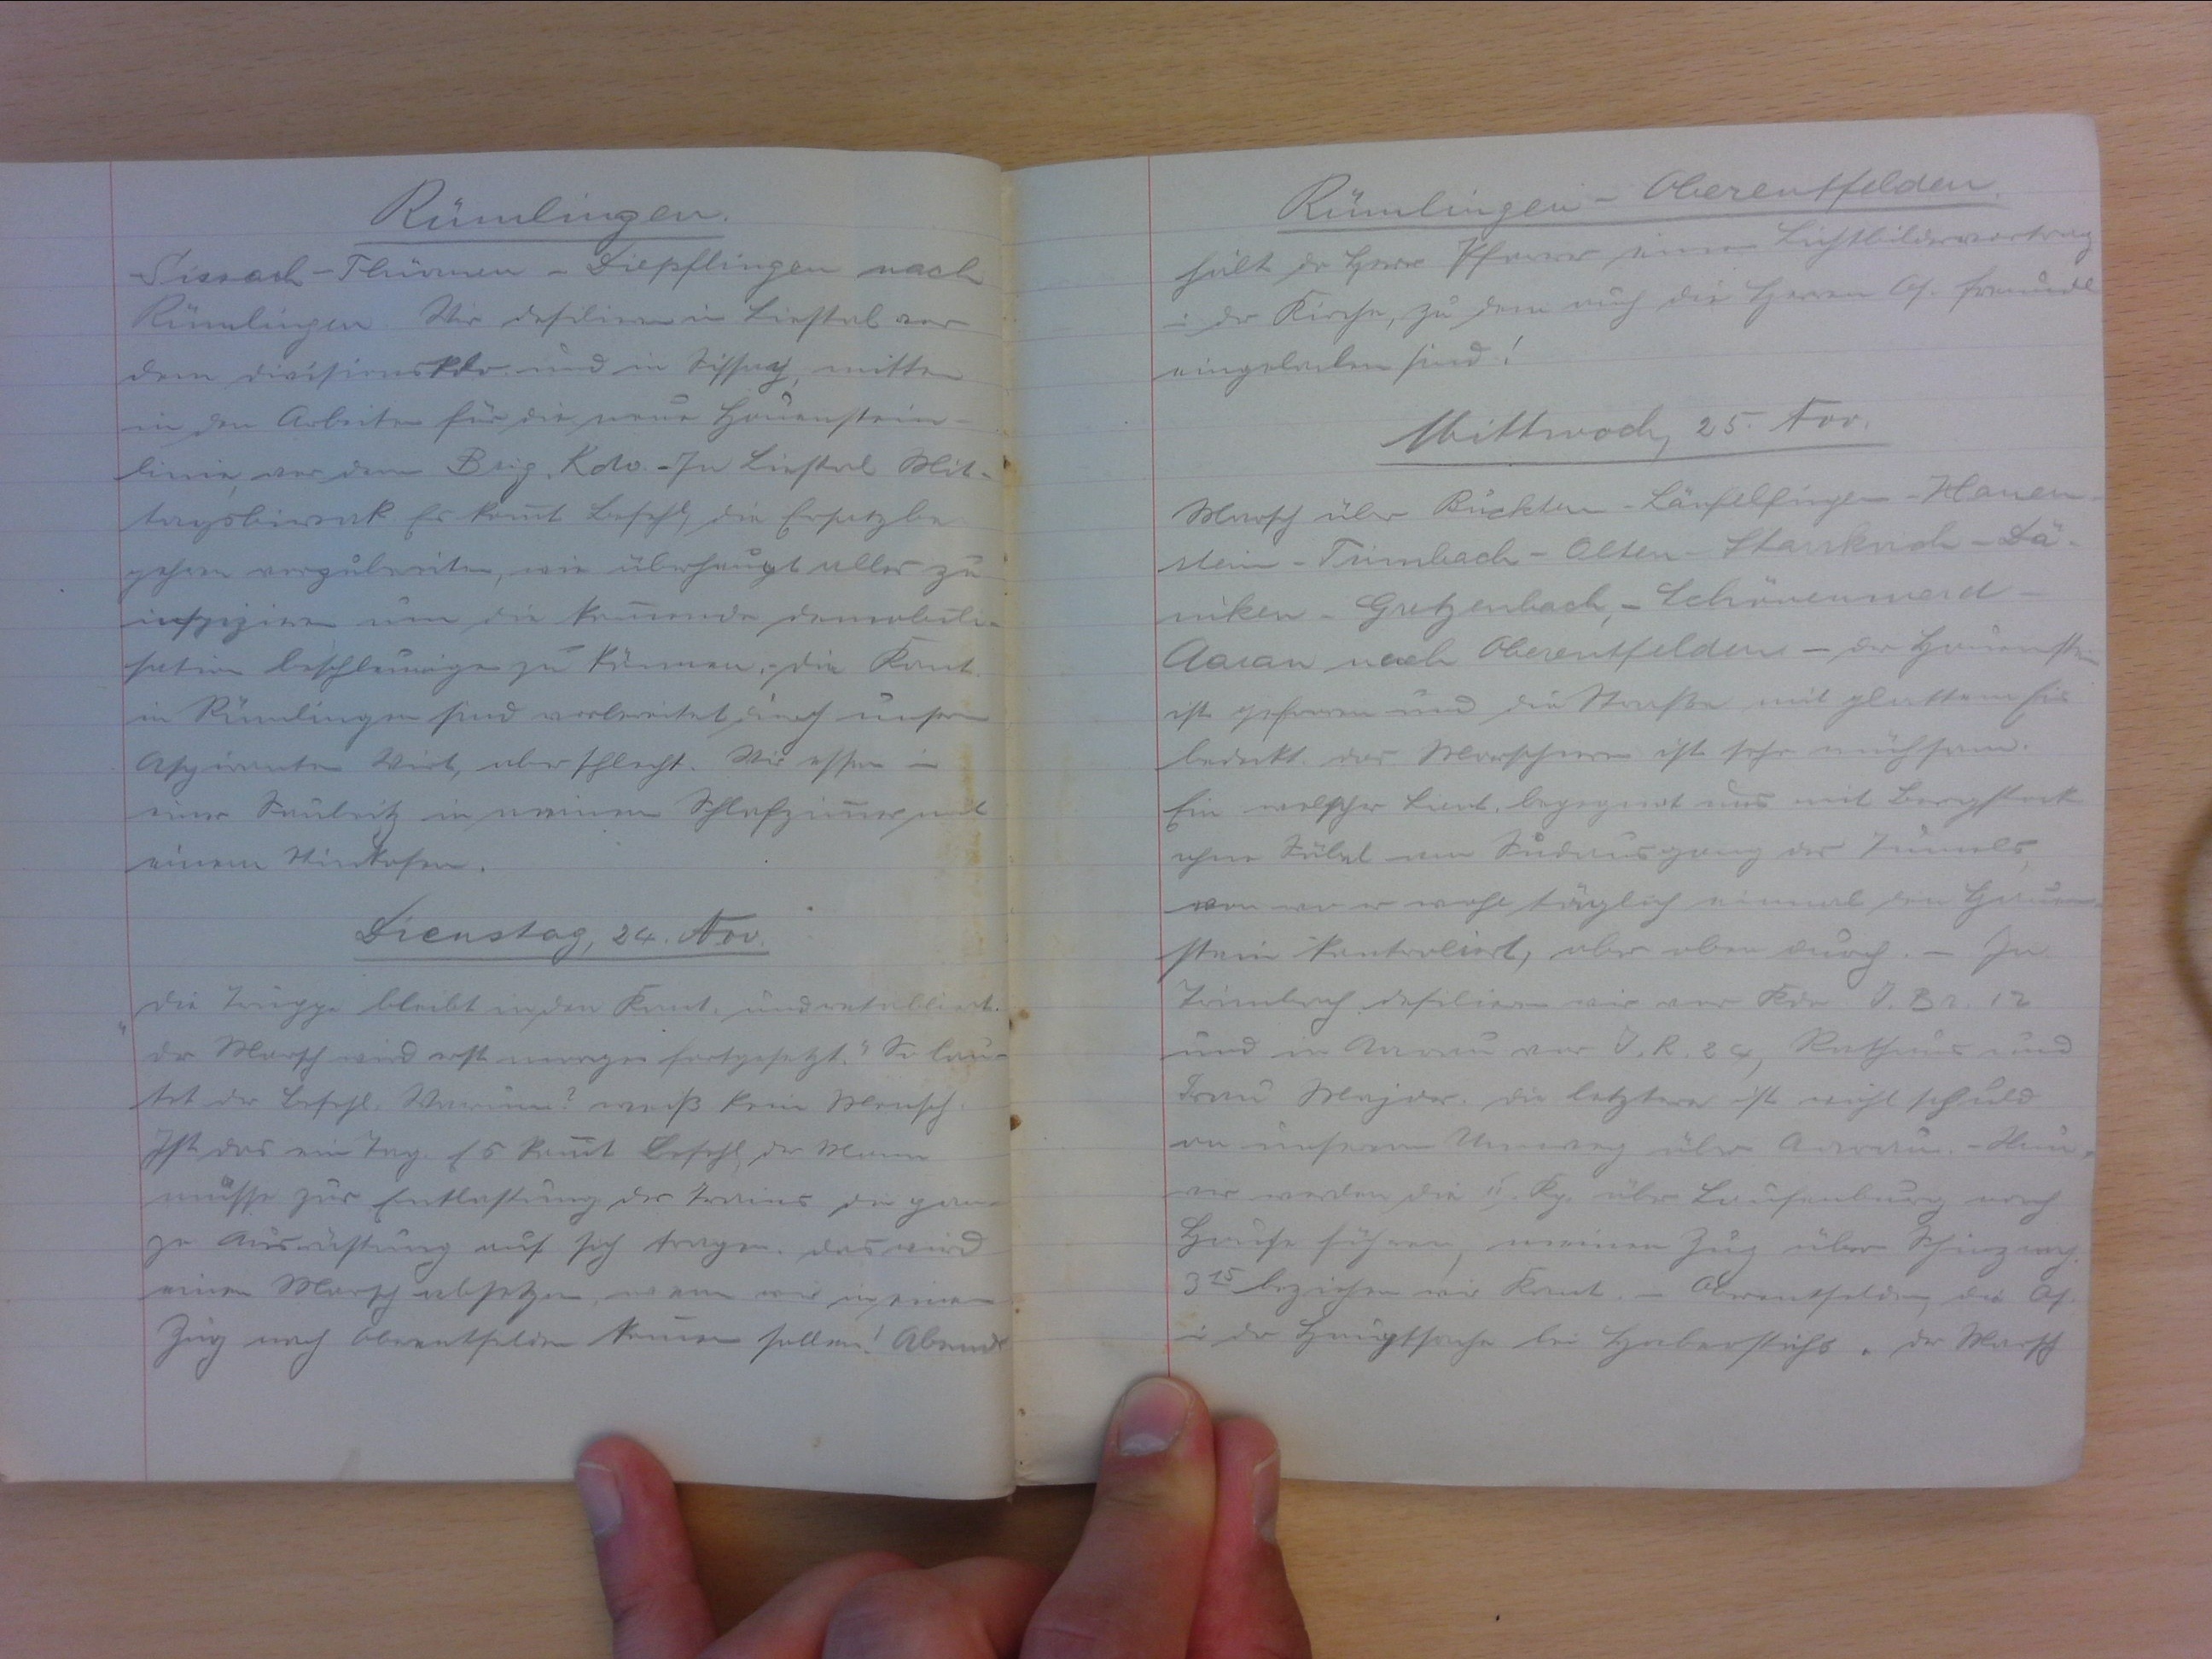
Rümlingen
Sissach- Thürnen - Diepflingen nach
Rümlingen. Wir defilieren in Liestal vor
dem Divisionskdo und in Sissach, mitten
in den Arbeiten für die neue Hauenstein-
linie, vor dem Brig. Kdo. In Liestal Mit-
tagsbiwak. Es kommt Befehl, die Ersatzbe-
gehren vorzubereiten, wie überhaupt alles zu
inspizieren um die kommende Demobili-
sation beschleunigen zu können. Die Kant.
in Rümlingen sind vorbereitet durch unserm
Aspiranten Wirt, aber schlecht. Wir essen in
einer Saubeiz in meinem Schlafzimmer mit
einem Stinkofen.
Dienstag, 24. Nov.
"Die Truppe bleibt in den Kant. und retabliert.
Der Marsch wird erst morgen fortgesetzt." So lau-
tet der Befehl. Warum? Weiss beim Mensch
Ist das ein Tag. Es kommt Befehl, der Mann
müsste zur Entlastung der Trians die gan-
ze Ausrüstung auf sich tragen. Das wird
einen Marsch absetzen, wenn wir in einem
Zug nach Oberentfelden kommen sollen! Abends

Rümlingen - Oberentfelden
hält der Herr Pfarrer einen Lichtbildvortrag
in der Kirche, zu dem auch die Herren Of. freundl.
eingeladen sind!
Mittwoch, 25. Nov.
Marsch über Buckten - Läufelfingen - Hauen-
stein - Trimbach - Olten - Starrkirch - Dä
niken - Gretzenbach - Schönenwerd -
Aarau nach Oberentfelden. Der Hauenstein
ist gefroren und die Strasse mit glattem Eis
bedeckt. Das Marschieren ist sehr mühsam.
Ein welscher Lieut. begegnet uns mit Bergstock
ohne Säbel am Südausgang der Tunnels
von wo er wohl täglich einmal den Hauen-
stein kontrolliert, aber oben durch. — In
Trimbach defilieren wir vor Kdo. I. Br. 12.
und in Aarau vor I. R. 24. Rathaus und
Frau Major. Die letztere ist nicht schuld
an unserem Umweg über Aarau. - Nun,
wir werden die II. Kp. über Laufenburg nach
Hause führen meinem Zug über Schinznach.
315 beziehen wir Kant. in Oberentfelden, die Of.
in der Hauptsache bei Haberstuhs, der Marsch